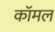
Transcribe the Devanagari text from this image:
कॉमल